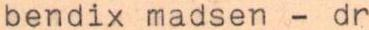
bendix madsen - dr